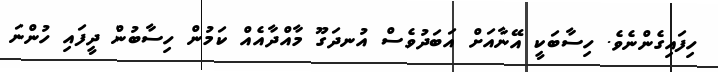
ހިފައިގެންނެވެ. ހިސާބަކީ އޭނާއަށް އަބަދުވެސް އުނދަގޫ މާއްދާއެއް ކަމުން ހިސާބުން ދީފައި ހުންނަ